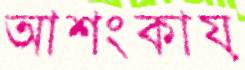
আশংকায়